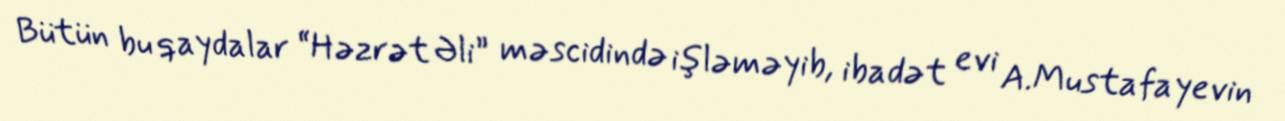
Bütün bu qaydalar “Həzrət Əli” məscidində işləməyib, ibadət evi A.Mustafayevin